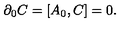
\partial _ { 0 } C = [ A _ { 0 } , C ] = 0 .